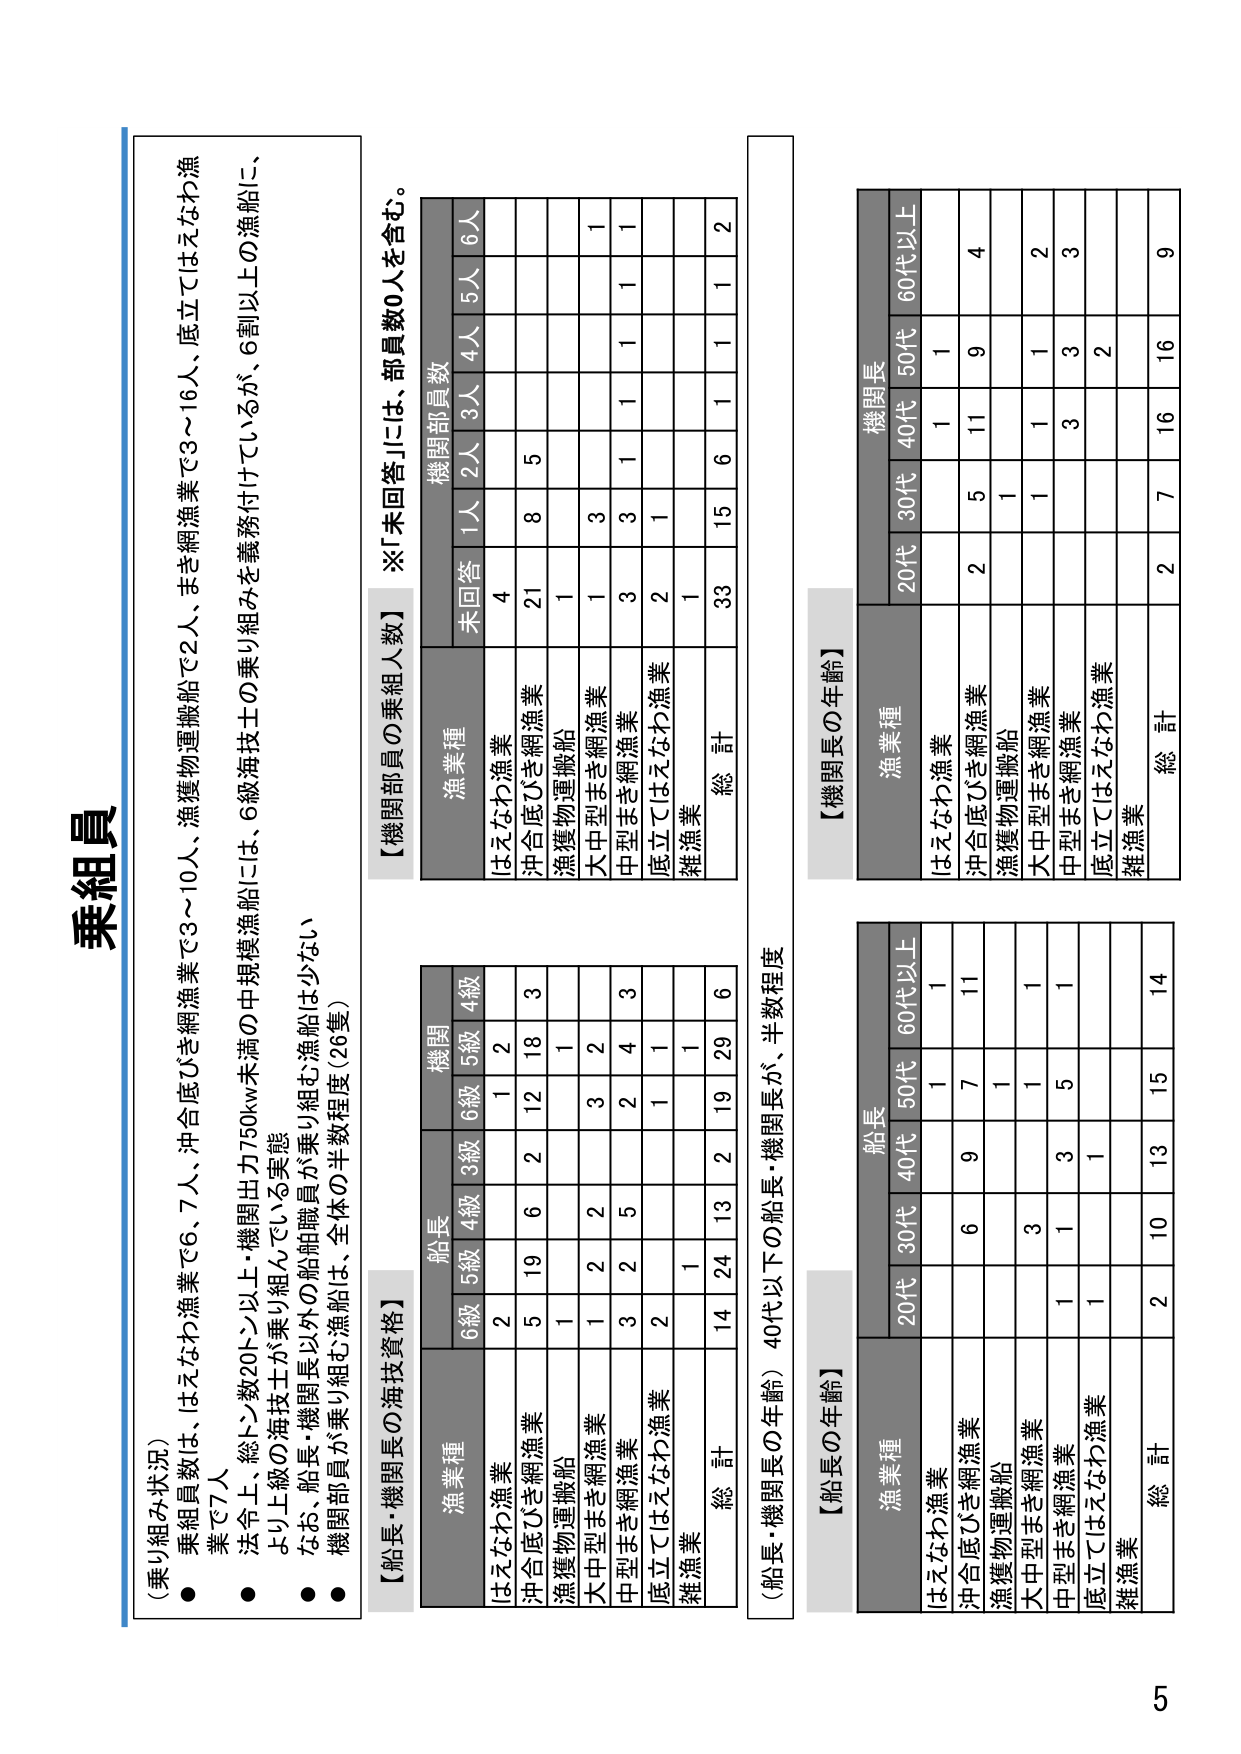
乗組員

（乗り組み状況）
● 乗組員数は、はえなわ漁業で6、7人、沖合底びき網漁業で3～10人、漁獲物運搬船で2人、まき網漁業で3～16人、底立てはえなわ漁業で7人
● 法令上、総トン数20トン以上・機関出力750kw未満の中規模漁船には、6級海技士の乗り組みを義務付けているが、6割以上の漁船に、
　より上級の海技士が乗り組んでいる実態
● なお、船長・機関長以外の船舶職員が乗り組む漁船は少ない
● 機関部員が乗り組む漁船は、全体の半数程度（26隻）

【船長・機関長の海技資格】
　　　　　　　　　　　　　　　　　　船長　　　　　　　　　　　　　　　　　　　　機関
漁業種　　　　　　　　　　　　　　6級　5級　4級　3級　6級　5級　4級
はえなわ漁業　　　　　　　　　　　2　　　　1　　2　　　　1　　2　　　　3
沖合底びき網漁業　　　　　　　　　5　　19　　6　　2　　12　　18　　3
漁獲物運搬船　　　　　　　　　　　1　　　　1　　　　　　　　1
大中型まき網漁業　　　　　　　　　1　　2　　2　　3　　2　　　　2
中型まき網漁業　　　　　　　　　　3　　2　　5　　2　　4　　　　3
底立てはえなわ漁業　　　　　　　　2　　　　1　　　　　　　　1
雑漁業　　　　　　　　　　　　　　1　　　　1　　　　　　　　1
総 計　　　　　　　　　　　　　　14　　24　　13　　2　　19　　29　　6

【機関部員の乗組人数】
　　　　　　　　　　　　　　　　　　機関部員数
漁業種　　　　　　　　　　　　　　未回答　1人　2人　3人　4人　5人　6人
はえなわ漁業　　　　　　　　　　　4　　　　1　　　　　　　　　　　　1
沖合底びき網漁業　　　　　　　　　21　　　　8　　　　5
漁獲物運搬船　　　　　　　　　　　1　　　　1
大中型まき網漁業　　　　　　　　　1　　　　3　　　　1　　　　1　　　　1
中型まき網漁業　　　　　　　　　　3　　　　3　　　　1　　　　1　　　　1
底立てはえなわ漁業　　　　　　　　2　　　　1
雑漁業　　　　　　　　　　　　　　1
総 計　　　　　　　　　　　　　　33　　　　15　　6　　1　　1　　2

※「未回答」には、部員数0人を含む。

（船長・機関長の年齢）40代以下の船長・機関長が、半数程度

【船長の年齢】
　　　　　　　　　　　　　　　　　　船長
漁業種　　　　　　　　　　　　　　20代　30代　40代　50代　60代以上
はえなわ漁業　　　　　　　　　　　1　　　　1　　　　1
沖合底びき網漁業　　　　　　　　　6　　9　　7　　11
漁獲物運搬船　　　　　　　　　　　1　　　　1
大中型まき網漁業　　　　　　　　　3　　1　　1
中型まき網漁業　　　　　　　　　　1　　3　　5　　1
底立てはえなわ漁業　　　　　　　　1　　1
雑漁業　　　　　　　　　　　　　　2　　10　　13　　15　　14
総 計　　　　　　　　　　　　　　2　　10　　13　　15　　14

【機関長の年齢】
　　　　　　　　　　　　　　　　　　機関長
漁業種　　　　　　　　　　　　　　20代　30代　40代　50代　60代以上
はえなわ漁業　　　　　　　　　　　1　　　　1
沖合底びき網漁業　　　　　　　　　2　　5　　11　　9　　4
漁獲物運搬船　　　　　　　　　　　1　　　　1
大中型まき網漁業　　　　　　　　　1　　　　1　　1　　2
中型まき網漁業　　　　　　　　　　3　　3　　1
底立てはえなわ漁業　　　　　　　　2　　　　3
雑漁業　　　　　　　　　　　　　　2　　7　　16　　16　　9
総 計　　　　　　　　　　　　　　2　　7　　16　　16　　9

5